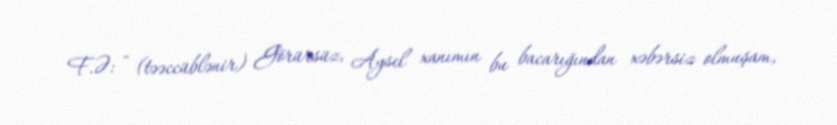
F.Ə: - (təəccüblənir) Görürsüz, Aysel xanımın bu bacarığından xəbərsiz olmuşam,